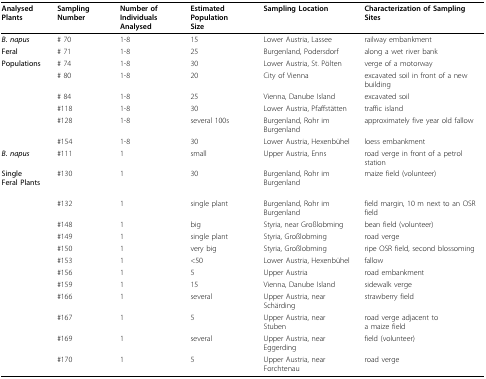
<table><thead><tr><td><b>Analysed Plants</b></td><td><b>Sampling Number</b></td><td><b>Number ofIndividuals Analysed</b></td><td><b>Estimated PopulationSize</b></td><td><b>Sampling Location</b></td><td><b>Characterization of Sampling Sites</b></td></tr></thead><tbody><tr><td><b><i>B. napus</i></b></td><td># 70</td><td>1-8</td><td>15</td><td>Lower Austria, Lassee</td><td>railway embankment</td></tr><tr><td><b>Feral</b></td><td># 71</td><td>1-8</td><td>25</td><td>Burgenland, Podersdorf</td><td>along a wet river bank</td></tr><tr><td><b>Populations</b></td><td># 74</td><td>1-8</td><td>30</td><td>Lower Austria, St. Pölten</td><td>verge of a motorway</td></tr><tr><td></td><td># 80</td><td>1-8</td><td>20</td><td>City of Vienna</td><td>excavated soil in front of a new building</td></tr><tr><td></td><td># 84</td><td>1-8</td><td>25</td><td>Vienna, Danube Island</td><td>excavated soil</td></tr><tr><td></td><td>#118</td><td>1-8</td><td>30</td><td>Lower Austria, Pfaffstätten</td><td>traffic island</td></tr><tr><td></td><td>#128</td><td>1-8</td><td>several 100s</td><td>Burgenland, Rohr im Burgenland</td><td>approximately five year old fallow</td></tr><tr><td></td><td>#154</td><td>1-8</td><td>30</td><td>Lower Austria, Hexenbühel</td><td>loess embankment</td></tr><tr><td><b><i>B. napus</i></b></td><td>#111</td><td>1</td><td>small</td><td>Upper Austria, Enns</td><td>road verge in front of a petrol station</td></tr><tr><td><b>Single</b><b>Feral Plants</b></td><td>#130</td><td>1</td><td>30</td><td>Burgenland, Rohr im Burgenland</td><td>maize field (volunteer)</td></tr><tr><td></td><td>#132</td><td>1</td><td>single plant</td><td>Burgenland, Rohr im Burgenland</td><td>field margin, 10 m next to an OSR field</td></tr><tr><td></td><td>#148</td><td>1</td><td>big</td><td>Styria, near Großlobming</td><td>bean field (volunteer)</td></tr><tr><td></td><td>#149</td><td>1</td><td>single plant</td><td>Styria, Großlobming</td><td>road verge</td></tr><tr><td></td><td>#150</td><td>1</td><td>very big</td><td>Styria, Großlobming</td><td>ripe OSR field, second blossoming</td></tr><tr><td></td><td>#153</td><td>1</td><td>&lt;50</td><td>Lower Austria, Hexenbühel</td><td>fallow</td></tr><tr><td></td><td>#156</td><td>1</td><td>5</td><td>Upper Austria</td><td>road embankment</td></tr><tr><td></td><td>#159</td><td>1</td><td>15</td><td>Vienna, Danube Island</td><td>sidewalk verge</td></tr><tr><td></td><td>#166</td><td>1</td><td>several</td><td>Upper Austria, near Schärding</td><td>strawberry field</td></tr><tr><td></td><td>#167</td><td>1</td><td>5</td><td>Upper Austria, near Stuben</td><td>road verge adjacent to a maize field</td></tr><tr><td></td><td>#169</td><td>1</td><td>several</td><td>Upper Austria, near Eggerding</td><td>field (volunteer)</td></tr><tr><td></td><td>#170</td><td>1</td><td>5</td><td>Upper Austria, near Forchtenau</td><td>road verge</td></tr></tbody></table>